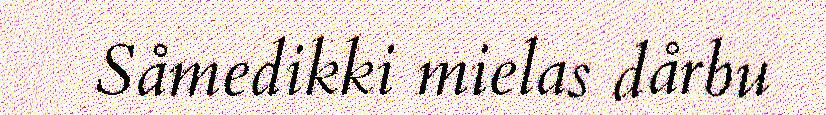
Såmedikki mielas dårbu